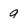
Character: 9